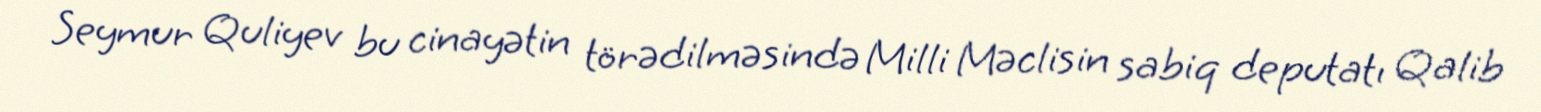
Seymur Quliyev bu cinayətin törədilməsində Milli Məclisin sabiq deputatı Qalib